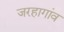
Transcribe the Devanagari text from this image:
जरहागांव